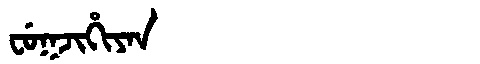
Manchu: ᠸᡠᡴᠵᡳᡥᡳᠶᠠᠨ
Romanization: FUKJIHIYAN